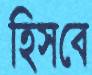
হিসবে